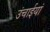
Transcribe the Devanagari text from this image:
उंचाईयां